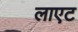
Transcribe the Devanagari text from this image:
लाएट